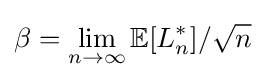
\beta =\lim _{n\to \infty }\mathbb {E} [L_{n}^{*}]/{\sqrt {n}}